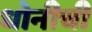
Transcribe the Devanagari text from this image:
धोनीची